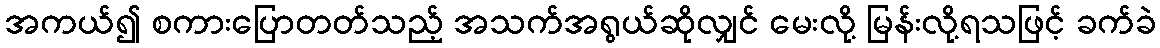
အကယ်၍ စကားပြောတတ်သည့် အသက်အရွယ်ဆိုလျှင် မေးလို့ မြန်းလို့ရသဖြင့် ခက်ခဲ